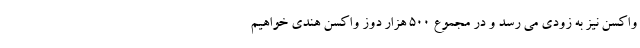
واکسن نیز به زودی می رسد و در مجموع ۵۰۰ هزار دوز واکسن هندی خواهیم